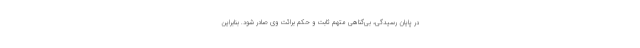
در پایانِ رسیدگی، بی‌گناهی متهم ثابت و حکم برائت وی صادر شود. بنابراین